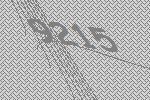
9215